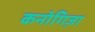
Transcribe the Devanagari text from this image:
कनोगिज़ा